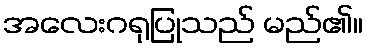
အလေးဂရုပြုသည် မည်၏။